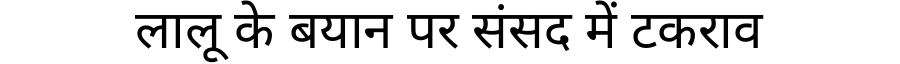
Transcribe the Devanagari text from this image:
लालू के बयान पर संसद में टकराव